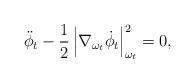
LaTeX: \begin{align*} \ddot\phi_t - \frac{1}{2} \left | \nabla_{\omega_t}\dot \phi_t \right|^2_{\omega_{t}} = 0 , \end{align*}